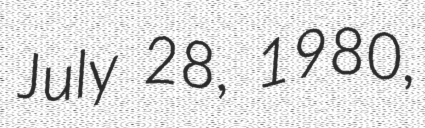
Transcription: July 28, 1980,